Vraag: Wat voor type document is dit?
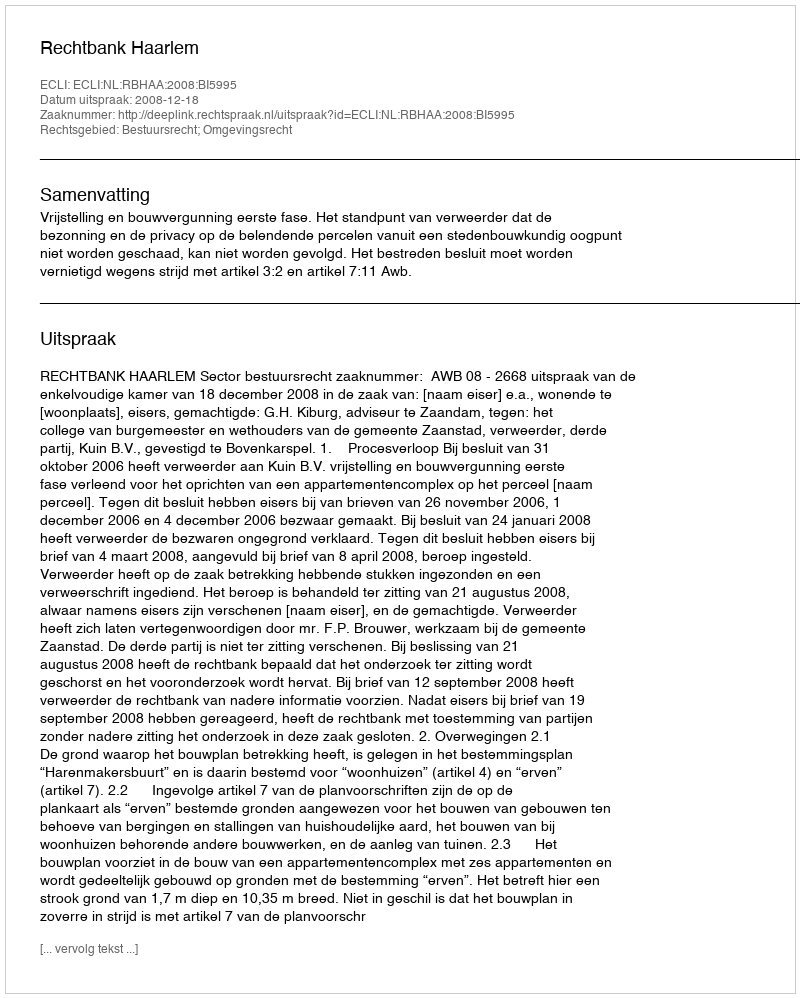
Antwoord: Uitspraak